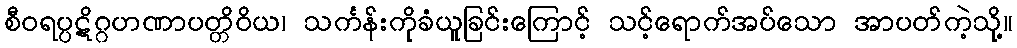
စီဝရပ္ပဋိဂ္ဂဟဏာပတ္တိဝိယ၊ သင်္ကန်းကိုခံယူခြင်းကြောင့် သင့်ရောက်အပ်သော အာပတ်ကဲ့သို့။